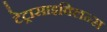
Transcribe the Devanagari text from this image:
टेट्रासाइक्लिन्स